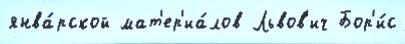
янва́рской мат'ер'иа́лов Львов'ич Бор'и́с